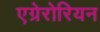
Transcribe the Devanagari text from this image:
एग्रेरोरियन